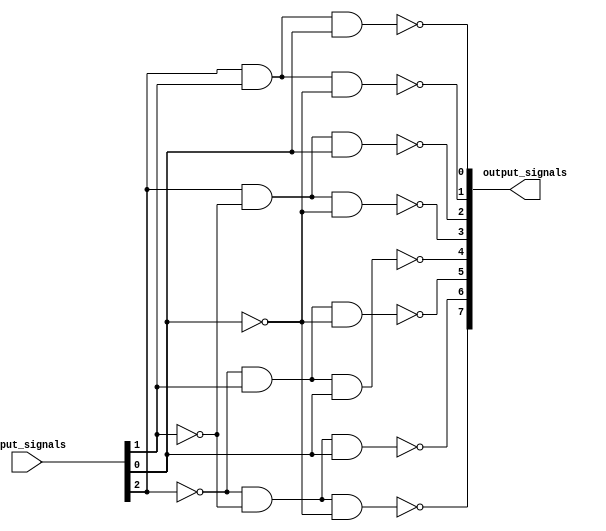
module Decoder_3to8 (
    input [2:0] input_signals,
    output [7:0] output_signals
);

assign output_signals[0] = ~(input_signals[2] & input_signals[1] & input_signals[0]);
assign output_signals[1] = ~(input_signals[2] & input_signals[1] & ~input_signals[0]);
assign output_signals[2] = ~(input_signals[2] & ~input_signals[1] & input_signals[0]);
assign output_signals[3] = ~(input_signals[2] & ~input_signals[1] & ~input_signals[0]);
assign output_signals[4] = ~(~input_signals[2] & input_signals[1] & input_signals[0]);
assign output_signals[5] = ~(~input_signals[2] & input_signals[1] & ~input_signals[0]);
assign output_signals[6] = ~(~input_signals[2] & ~input_signals[1] & input_signals[0]);
assign output_signals[7] = ~(~input_signals[2] & ~input_signals[1] & ~input_signals[0]);

endmodule